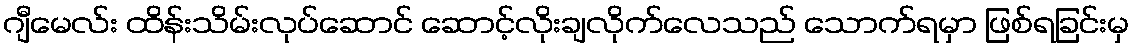
ဂျီမေလ်း ထိန်းသိမ်းလုပ်ဆောင် ဆောင့်လိုးချလိုက်လေသည် သောက်ရမှာ ဖြစ်ရခြင်းမှ